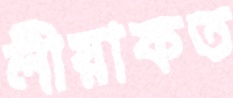
লীয়াকত